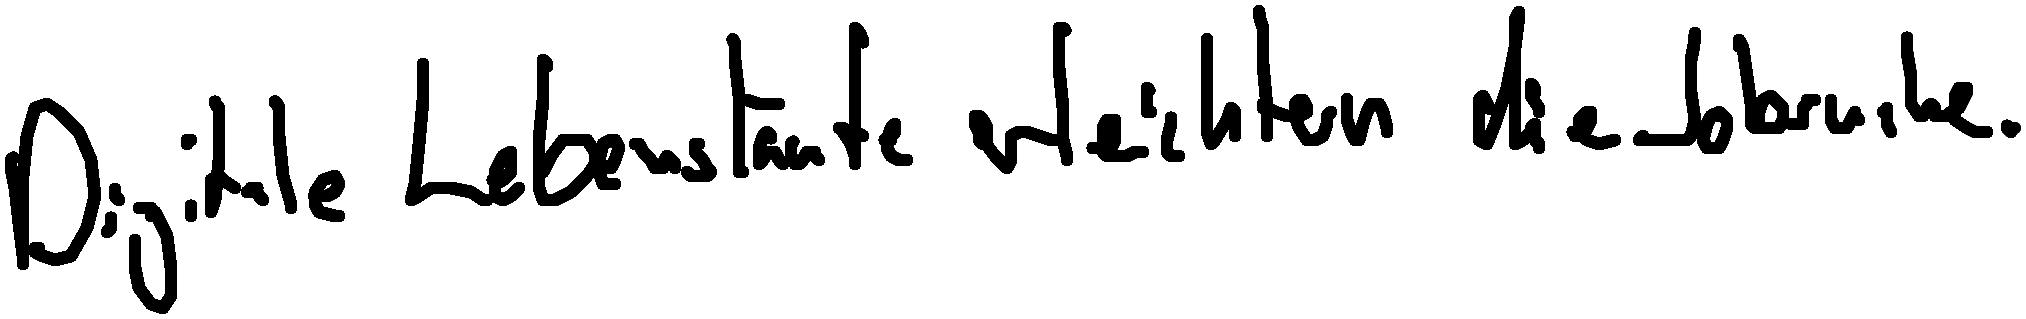
Digitale Lebensläufe erleichtern die Jobsuche.